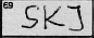
Transcription: SKJ